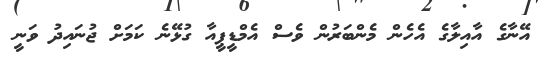
އޭނާގެ އާއިލާގެ އެހެން މެންބަރުން ވެސް އެމްޑީޕީއާ ގުޅޭނެ ކަމަށް ޖުނައިދު ވަނީ